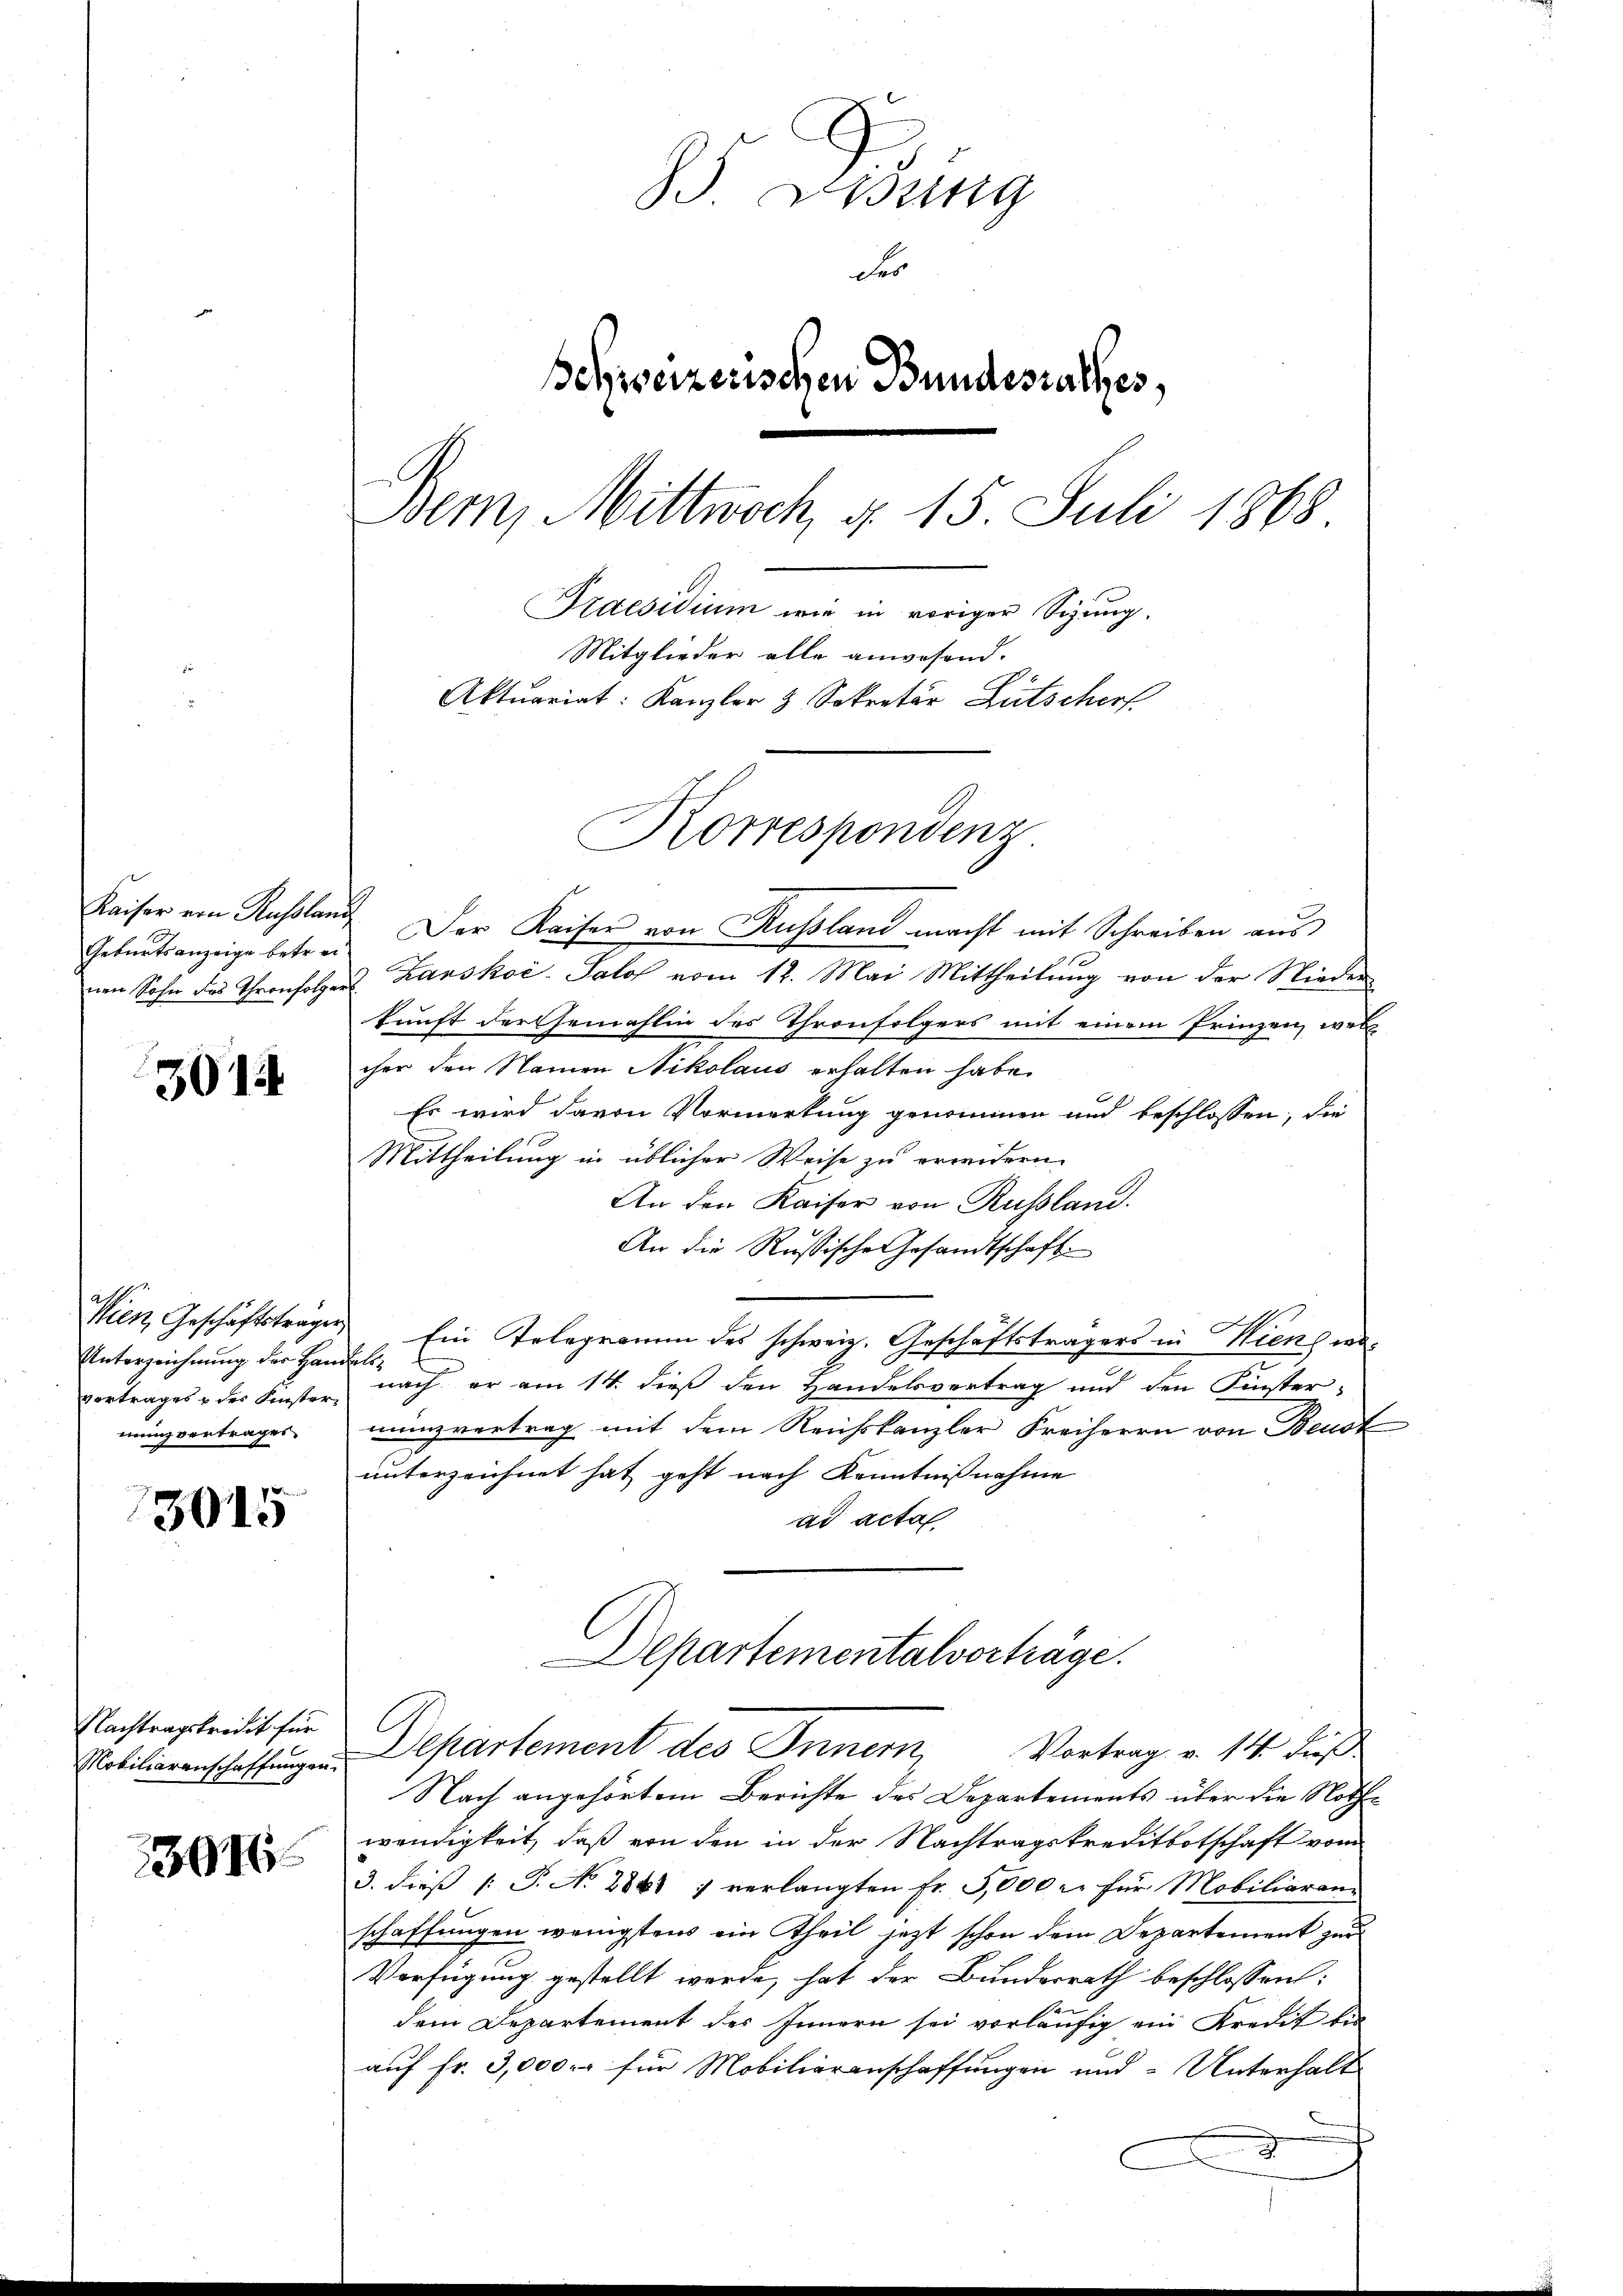
Geburtsanzeige betrei¬

301

Unterzeichnung der Handelsmnung vertragen.

3015

Nachtragskredit für

3916

Eisung
Fes
Behweizerischen Bundesrathes,
Bern, Mittwoch, d. 15. Juli 1868.
Praesidium wie in voriger Sizung.
Mitglieder alle anwesend.
Aktuariat: Kanzler 3 Sekretär Lütscherf

Korrespondenz

Kaiser von Russlang Der Kaiser von Russland macht mit Schreiben aus
im Sohn der Thronfolger Lanskoi-Salof vom 12. Mai Mittheilung von der Niederkunft der Ehemahlin des Thronfolgers mit einem Frinzen, well
cher den Namen Nikolaus erhalten habe.
Es wird davon Vormerkung genommen und beschlossen, die
Mittheilung in üblicher Weise zu erwidern.
An den Kaiser von Russland.
An die Russische Gesandtschaft
Wien, Geschäftsträger Ein Telegramm des schweiz. Geschäftsträgers in Kiens wavertrages des Finster nach er am 14. dieβ den Handelsvertrag und den Finstermanzvertrag mit dem Reichskanzler Freiherrn von Beurt
unterzeichnet hat geht nach Kenntnißnahme
ad acta
Departementalvorträge.
Nobilierenschaffungen Departement des Innern, Vortrag v. 14. Fuß
Nach angehörtem Berichte des Departements über die Nothwendigkeit, daß von den in der Nachtragskreditbotschaft vom
3. dieß P. No 2861 7 verlangten Fr. 5,000 u. für Mobiliaren-
schaffungen wenigstens ein Theil jezt schon dem Departement zur
Verfügung gestellt werde, hat der Bundesrath beschlossen:
dem Departement des Innern sei vorläufig ein Kredit bie
auf fr. 3,000 fr für Mobiliarenschaffungen und Unterhalt
.
u